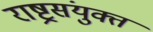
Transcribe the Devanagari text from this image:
राष्ट्रसंयुक्त